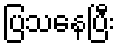
ပြသနေပြီး